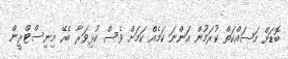
ބޮޑަށް މަސައްކަތް ކުރަމުން އަންނަ ކަމެއް ކަމަށް ވެސް ކުޅިވަރާ ބެހޭ މިނިސްޓްރީން